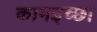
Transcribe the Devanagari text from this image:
कामइच्‍छा